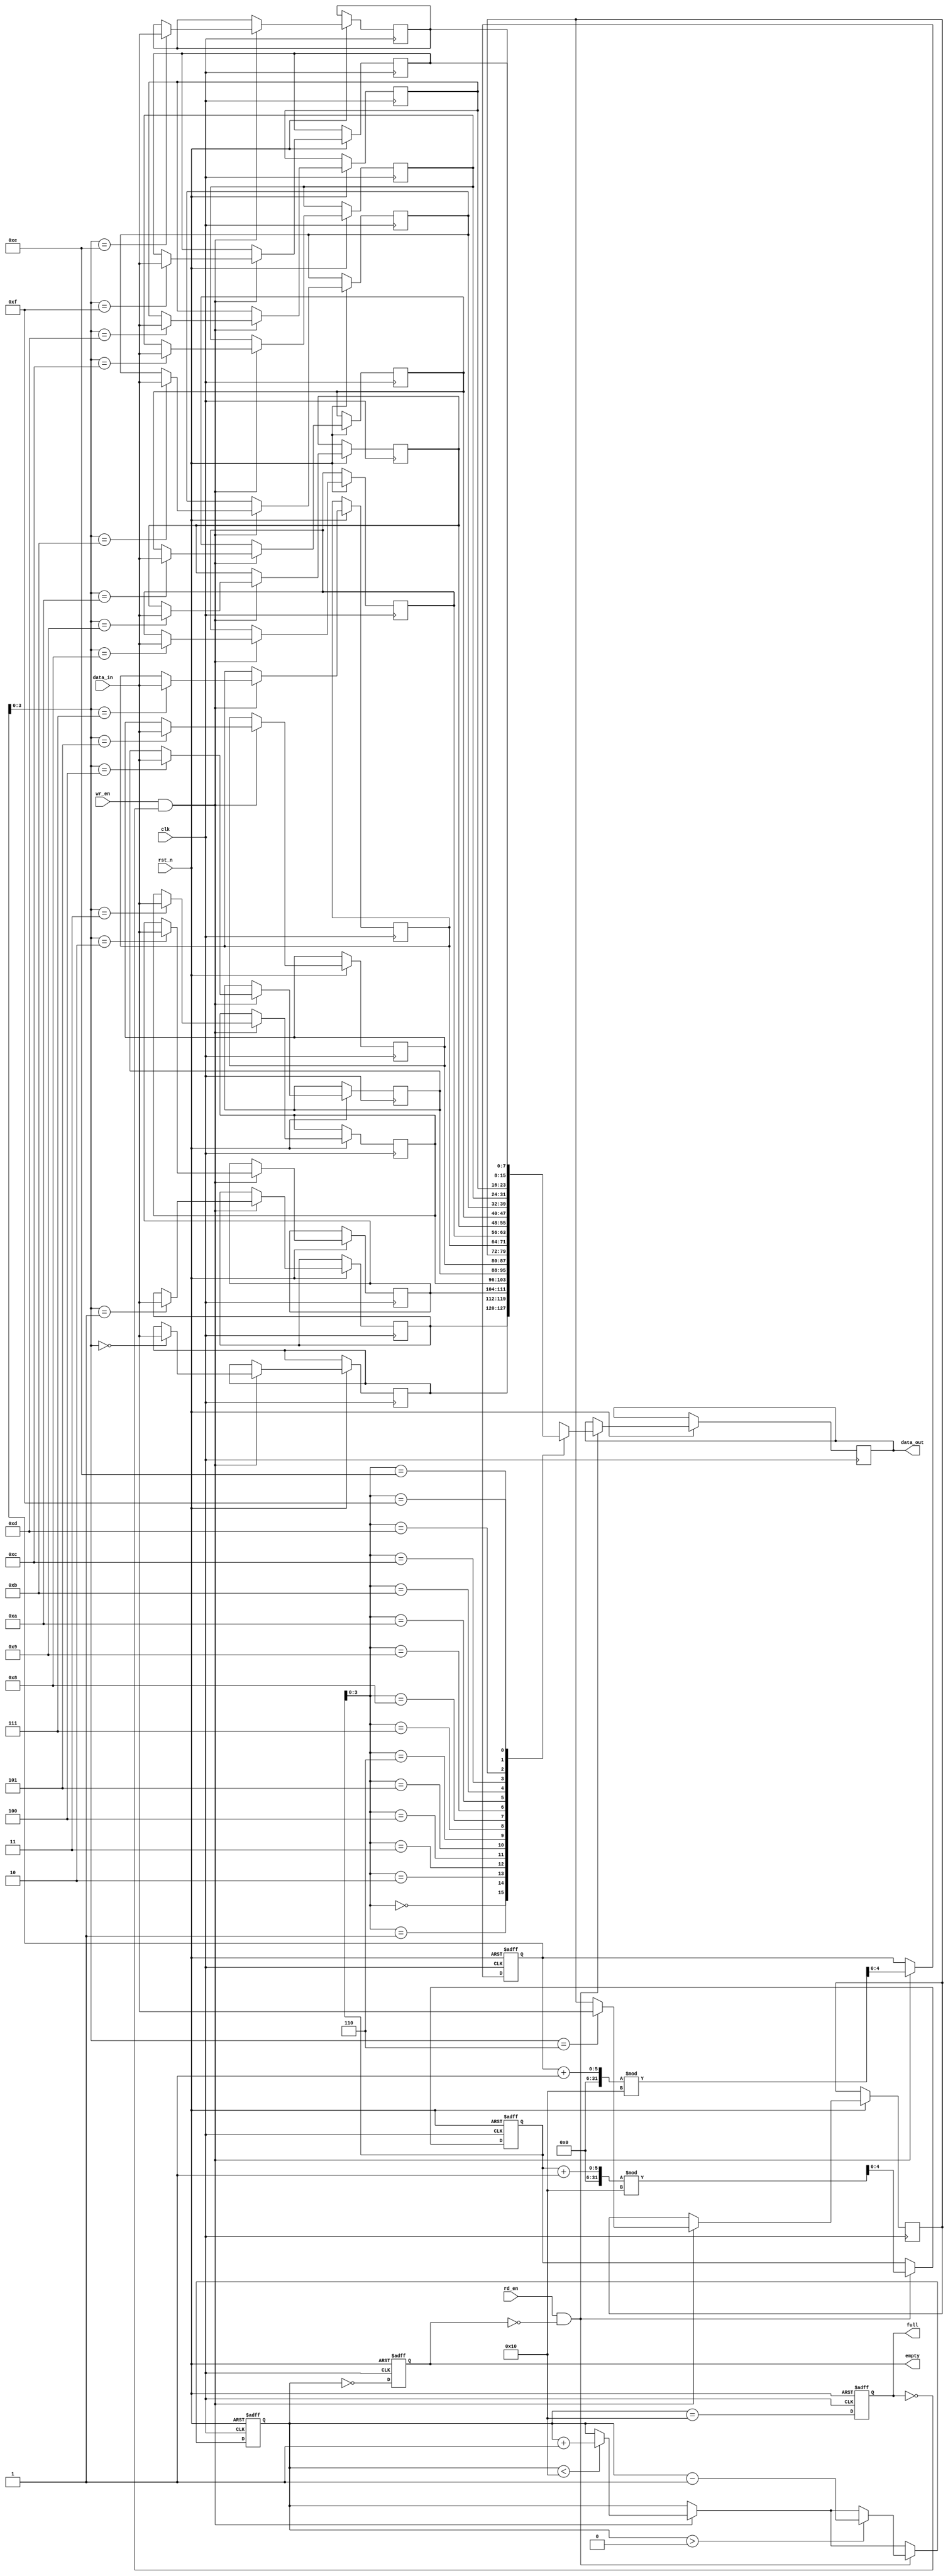
module fifo_sram #(
    parameter DATA_WIDTH = 8,   // Width of each data entry
    parameter DEPTH = 16         // Depth of the FIFO (number of entries)
) (
    input wire clk,               // Clock signal
    input wire rst_n,             // Asynchronous reset (active low)
    input wire wr_en,             // Write enable
    input wire rd_en,             // Read enable
    input wire [DATA_WIDTH-1:0] data_in,   // Data input
    output reg [DATA_WIDTH-1:0] data_out,  // Data output
    output reg full,              // Full flag
    output reg empty              // Empty flag
);

    // Internal memory array
    reg [DATA_WIDTH-1:0] memory [0:DEPTH-1];
    
    // Write and read pointers
    reg [$clog2(DEPTH):0] write_pointer = 0; // Write pointer
    reg [$clog2(DEPTH):0] read_pointer = 0;  // Read pointer
    reg [$clog2(DEPTH):0] count = 0;          // Number of entries in the FIFO

    // Reset logic
    always @(posedge clk or negedge rst_n) begin
        if (!rst_n) begin
            write_pointer <= 0;
            read_pointer <= 0;
            count <= 0;
            full <= 0;
            empty <= 1;
        end else begin
            // Write operation
            if (wr_en && !full) begin
                memory[write_pointer] <= data_in; // Store data in memory
                write_pointer <= (write_pointer + 1) % DEPTH; // Increment write pointer
                if (count < DEPTH) begin
                    count <= count + 1; // Update count
                end
            end
            
            // Read operation
            if (rd_en && !empty) begin
                data_out <= memory[read_pointer]; // Read data from memory
                read_pointer <= (read_pointer + 1) % DEPTH; // Increment read pointer
                if (count > 0) begin
                    count <= count - 1; // Update count
                end
            end

            // Update full and empty flags
            full <= (count == DEPTH);
            empty <= (count == 0);
        end
    end

endmodule